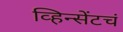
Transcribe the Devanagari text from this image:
व्हिन्सेंटचं